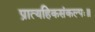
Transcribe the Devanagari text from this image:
प्रात्यहिकसंकल्पः॥